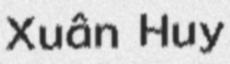
Xuân Huy